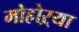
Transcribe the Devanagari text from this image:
मोहोऱ्या